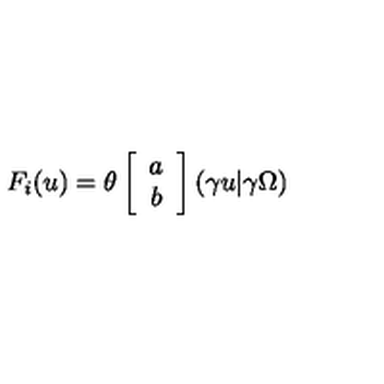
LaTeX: F _ { i } ( u ) = \theta \left[ \begin{array} { c } { a } \\ { b } \\ \end{array} \right] \left( \gamma u | \gamma \Omega \right)